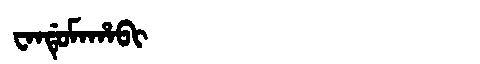
Manchu: ᠸᠠᠨᡩᡠᠮᠠᡥᠠᠪᡳ
Romanization: WANDUMAHABI